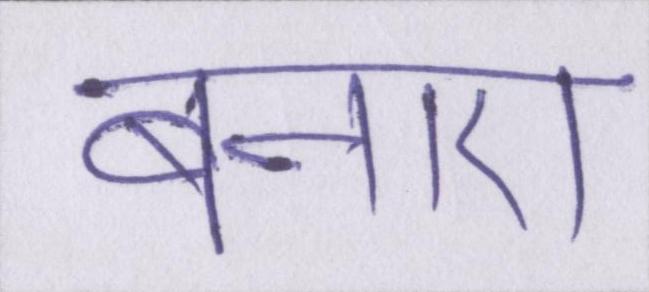
बनाए